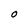
Character: O